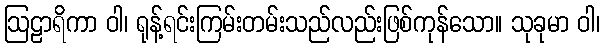
ဩဠာရိကာ ဝါ၊ ရုန့်ရင်းကြမ်းတမ်းသည်လည်းဖြစ်ကုန်သော။ သုခုမာ ဝါ၊